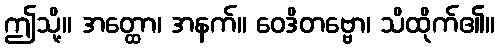
ဤသို့။ အတ္ထော၊ အနက်။ ဝေဒိတဗ္ဗော၊ သိထိုက်၏။